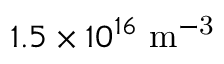
1 . 5 \times 1 0 ^ { 1 6 } \ \mathrm { m ^ { - 3 } }